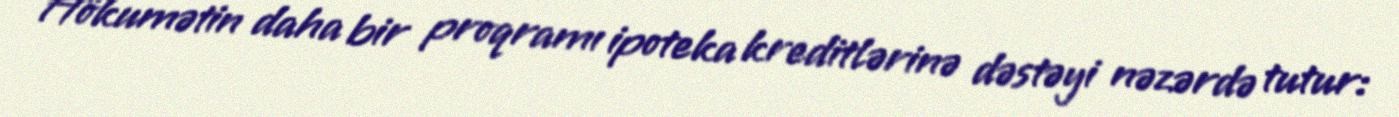
Hökumətin daha bir proqramı ipoteka kreditlərinə dəstəyi nəzərdə tutur: